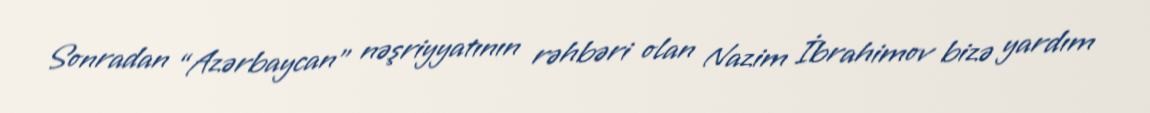
Sonradan “Azərbaycan” nəşriyyatının rəhbəri olan Nazim İbrahimov bizə yardım